Scientific memoirs by medical officers of the Army of India - Part IX,
Year: 1895
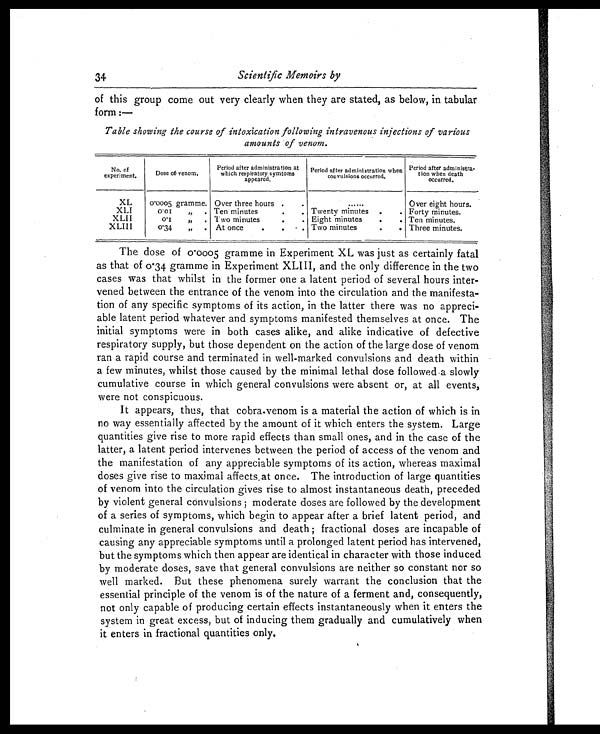
34
Scientific Memoirs by
of this group come out very clearly when they are stated, as below, in tabular
form :—
Table showing the course of intoxication following intravenous injections of various
amounts of venom.
No. of
experiment.
Dose or venom.
Period after administration at
which respiratory symtoms
appeared.
Period after administration when
convulsions occurred.
Period after administra
ion when death
occurred.
XL 0.0005 gramme. Over three hours .
......
Over eight hours.
XLI
0 . 0 1 „ . Ten minutes .
Twenty minutes . . Forty minutes.
XLII
0.1 ,, . 'Iwo minutes. .
Eight minutes . . Ten minutes.
XLIII
0.34 „ . At once . . . . Two minutes. . Three minutes.
The dose of 0.0005 gramme in Experiment XL was just as certainly fatal
as that of 0.34 gramme in Experiment XLIII, and the only difference in the two
cases was that whilst in the former one a latent period of several hours inter-
vened between the entrance of the venom into the circulation and the manifesta-
tion of any specific symptoms of its action, in the latter there was no appreci-
able latent period whatever and symptoms manifested themselves at once. The
initial symptoms were in both cases alike, and alike indicative of defective
respiratory supply, but those dependent on the action of the large dose of venom
ran a rapid course and terminated in well-marked convulsions and death within
a few minutes, whilst those caused by the minimal lethal dose followed a slowly
cumulative course in which general convulsions were absent or, at all events,
were not conspicuous.
It appears, thus, that cobra.venom is a material the action of which is in
no way essentially affected by the amount of it which enters the system. Large
quantities give rise to more rapid effects than small ones, and in the case of the
latter, a latent period intervenes between the period of access of the venom and
the manifestation of any appreciable symptoms of its action, whereas maximal
doses give rise to maximal affects.at once. The introduction of large quantities
of venom into the circulation gives rise to almost instantaneous death, preceded
by violent general convulsions ; moderate doses are followed by the development
of a series of symptoms, which begin to appear after a brief latent period, and
culminate in general convulsions and death ; fractional doses are incapable of
causing any appreciable symptoms until a prolonged latent period has intervened,
but the symptoms which then appear are identical in character with those induced
by moderate doses, save that general convulsions are neither so constant nor so
well marked. But these phenomena surely warrant the conclusion that the
essential principle of the venom is of the nature of a ferment and, consequently,
not only capable of producing certain effects instantaneously when it enters the
system in great excess, but of inducing them gradually and cumulatively when
it enters in fractional quantities only.